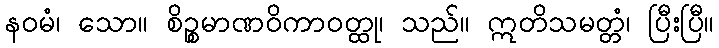
နဝမံ၊ သော။ စိဉ္စမာဏဝိကာဝတ္ထု၊ သည်။ ဣတိသမတ္တံ၊ ပြီးပြီ။